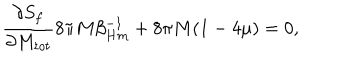
{ \frac { \partial S _ { f } } { \partial M _ { t o t } } } 8 \pi M \beta _ { H m } ^ { - 1 } + 8 \pi M ( 1 - 4 \mu ) = 0 ,